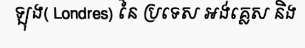
ឡុង( Londres) នៃ ប្រទេស អង់គ្លេស និង